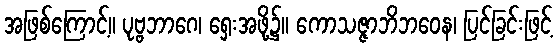
အဖြစ်ကြောင့်။ ပုဗ္ဗဘာဂေ၊ ရှေးအဖို့၌။ ကောသဇ္ဇာဘိဘဝေန၊ ပြင်ခြင်းဖြင့်